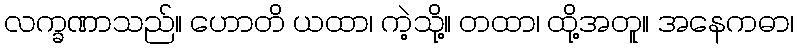
လက္ခဏာသည်။ ဟောတိ ယထာ၊ ကဲ့သို့။ တထာ၊ ထို့အတူ။ အနေကဓာ၊